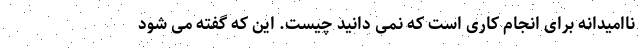
ناامیدانه برای انجام کاری است که نمی دانید چیست. این که گفته می شود